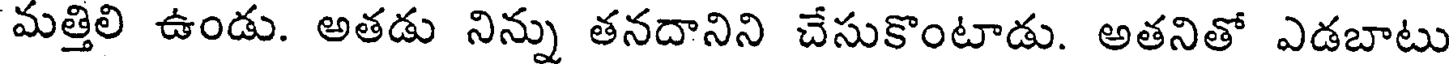
మత్తిలి ఉండు. అతడు నిన్ను తనదానిని చేసుకొంటాడు. అతనితో ఎడబాటు